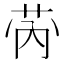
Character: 𱽡